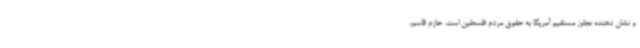
و نشان دهنده تجاوز مستقیم آمریکا به حقوق مردم فلسطین است. حازم قاسم،